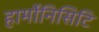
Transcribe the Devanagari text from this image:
हार्मोनिसिटि